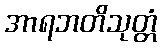
အာရဘတိသုတ္တံ